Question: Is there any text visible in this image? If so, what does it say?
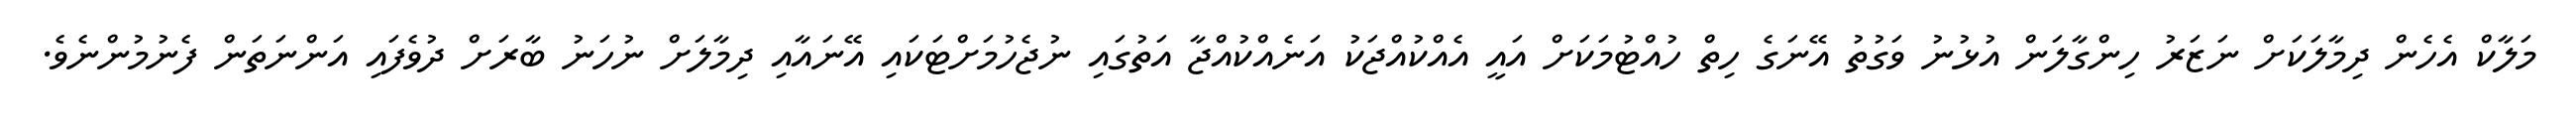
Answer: މަލާކް އެހެން ދިމާލަކަށް ނަޒަރު ހިންގާލަން އުޅުނު ވަގުތު އޭނަގެ ހިތް ހުއްޓުމަކަށް އައީ އެއްކުއްޖަކު އަނެއްކުއްޖާ އަތުގައި ނުޖެހުމަށްޓަކައި އޭނައާއި ދިމާލަށް ނުހަނު ބާރަށް ދުވެފައި އަންނަތަން ފެނުމުންނެވެ.